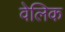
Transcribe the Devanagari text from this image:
वेलिक